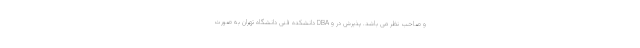
و صاحب نظر می باشد. پذیرش در و DBA دانشکده فنی دانشگاه تهران به صورت